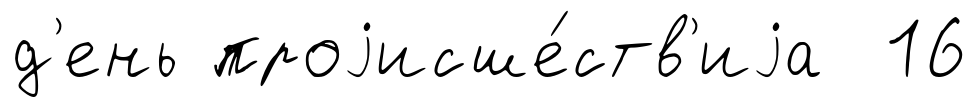
д'ень проjисше́ств'иjа 16